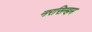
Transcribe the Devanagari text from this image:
नरसिम्हम